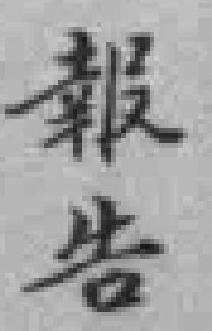
報告